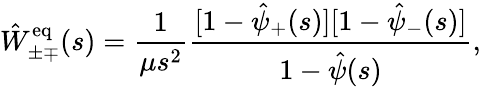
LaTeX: \hat{W}_{\pm\mp}^{\mathrm{eq}}(s)=\frac{1}{\mu s^{2}}\frac{[1-\hat{\psi}_{+}(s)][1-\hat{\psi}_{-}(s)]}{1-\hat{\psi}(s)},